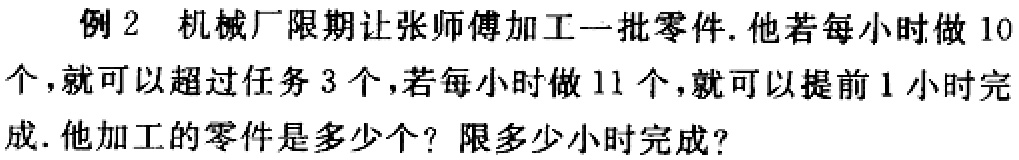
例 2 机械厂限期让张师傅加工一批零件. 他若每小时做 10 个，就可以超过任务 3 个，若每小时做 11 个，就可以提前 1 小时完成. 他加工的零件是多少个？限多少小时完成？